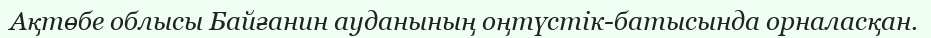
Ақтөбе облысы Байғанин ауданының оңтүстік-батысында орналасқан.